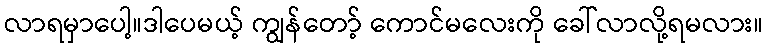
လာရမှာပေါ့။ဒါပေမယ့် ကျွန်တော့် ကောင်မလေးကို ခေါ်လာလို့ရမလား။